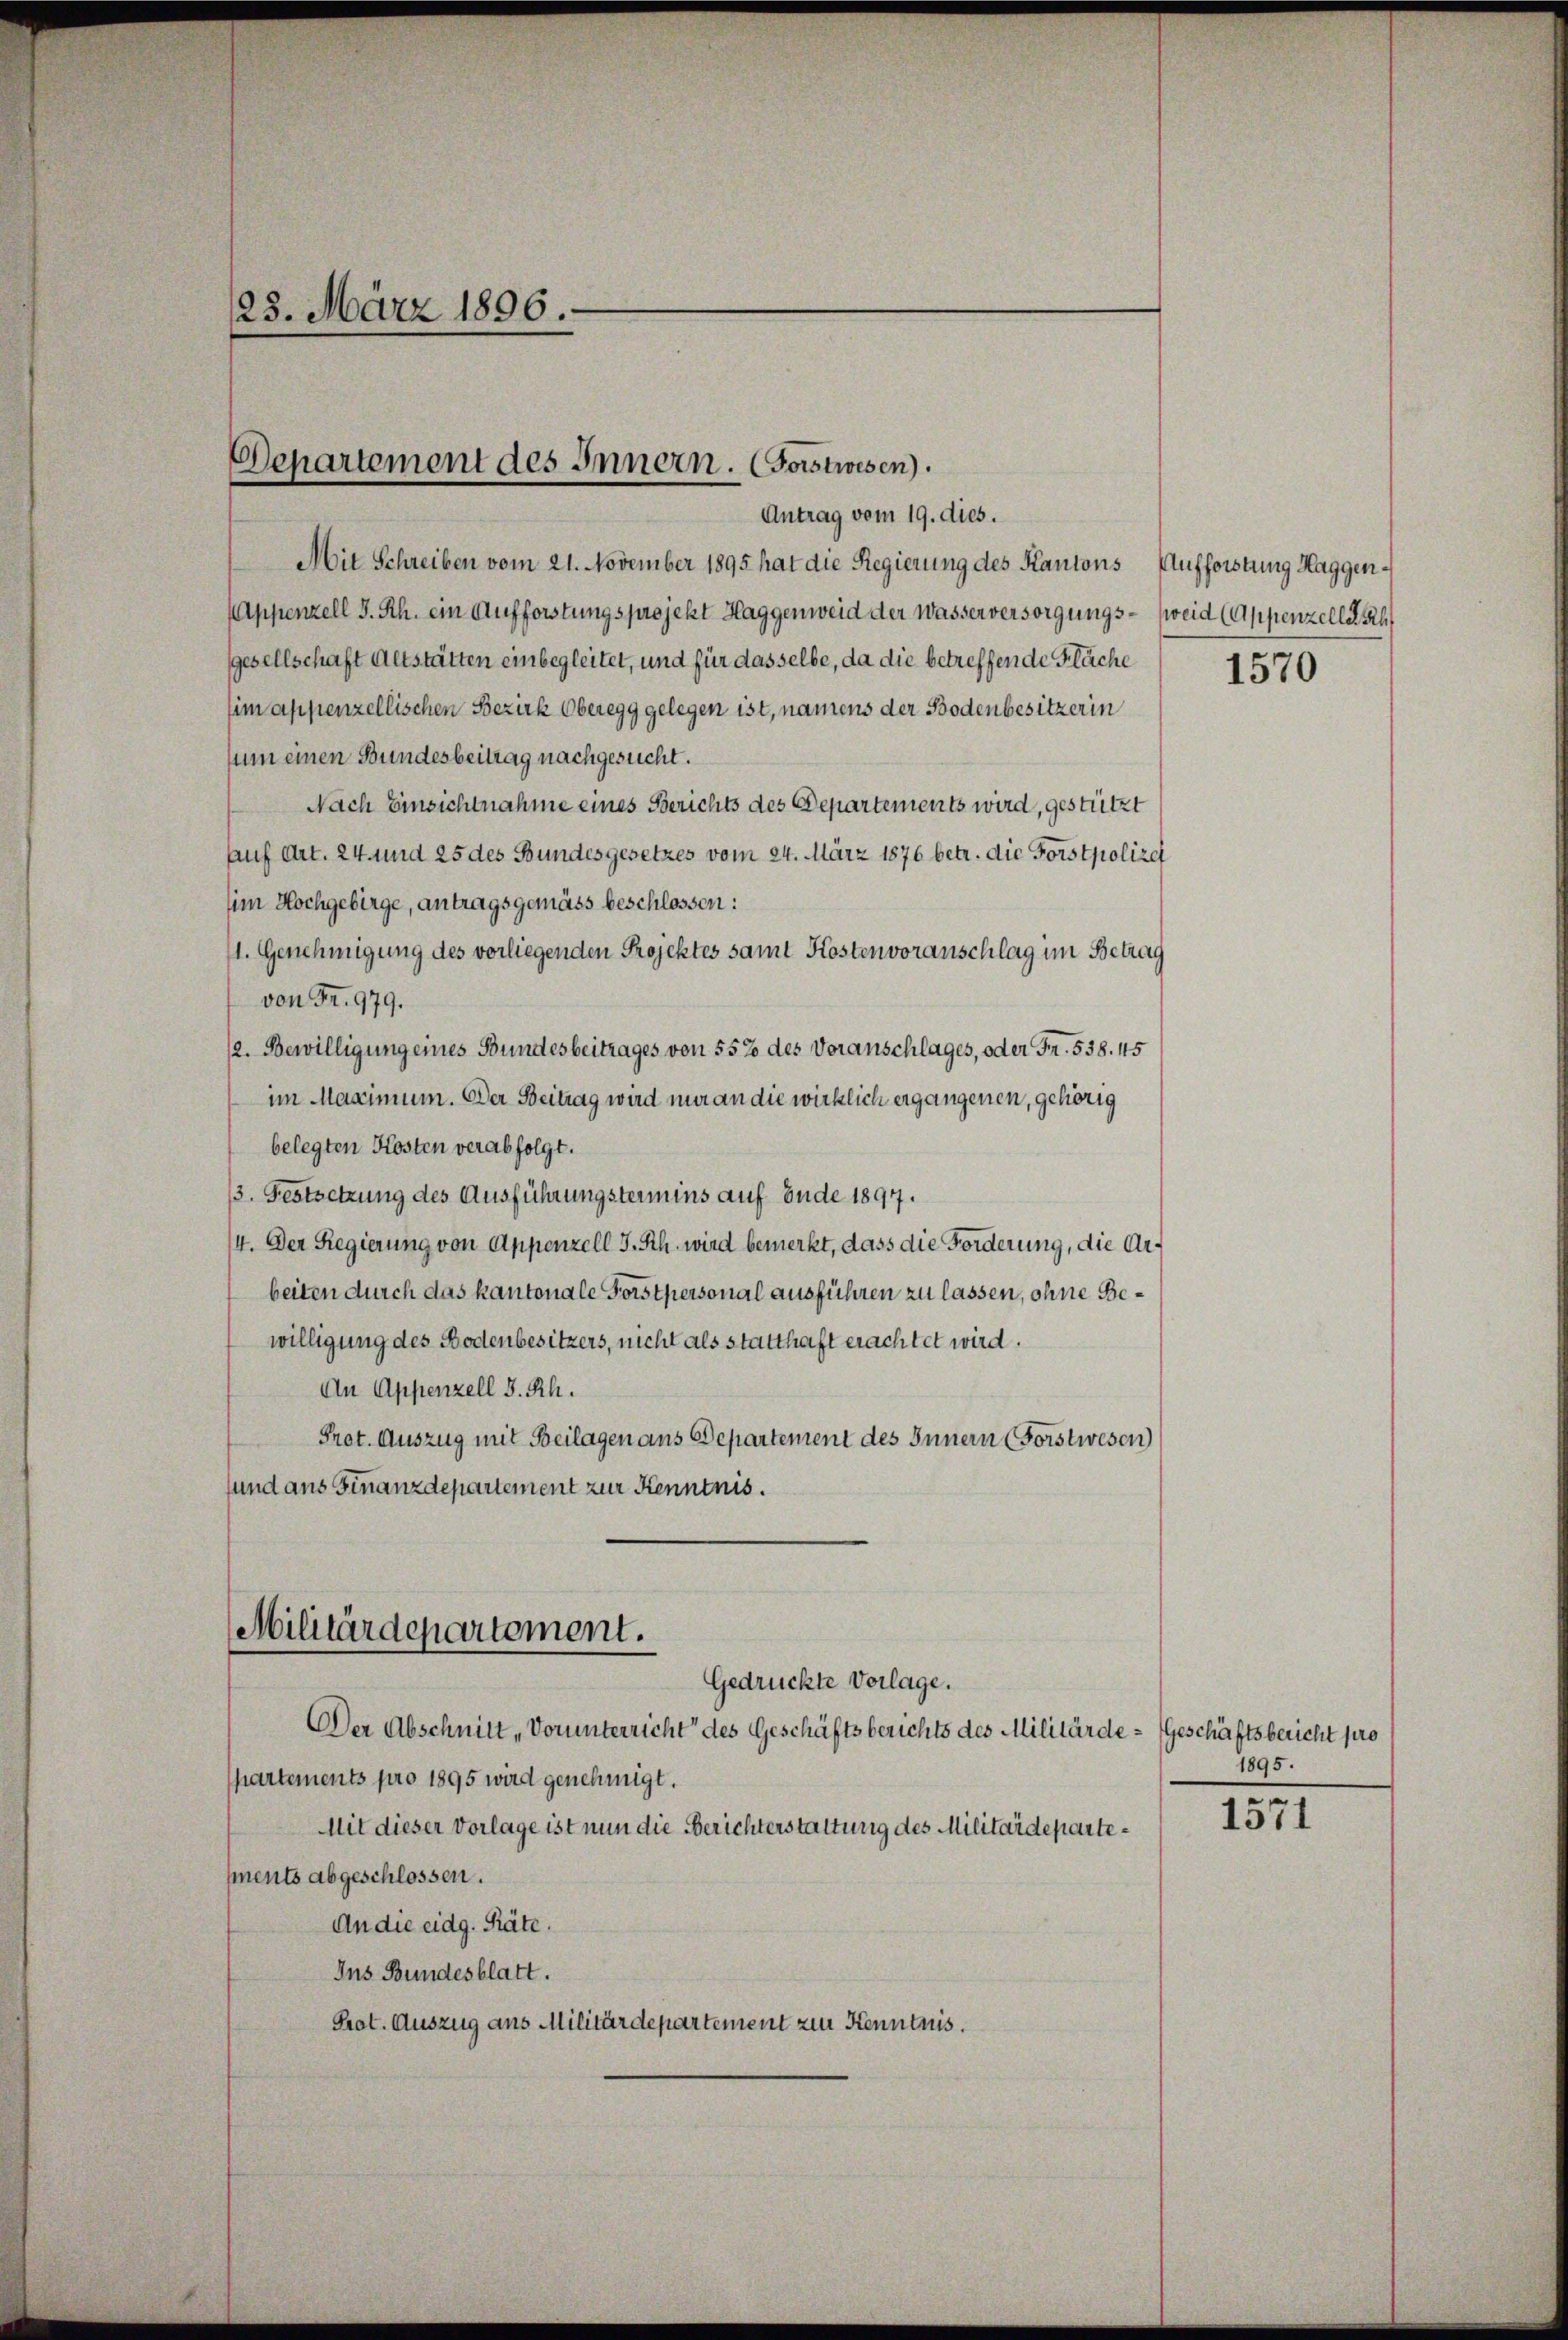
123. März 1896.

Departement des Innern. (Forstwesen).
Antrag vom 19. dies.

Militärdepartement.

Mit Schreiben vom 21. November 1895 hat die Regierung des Kantons Aufforstung Haggen¬
Appenzell I. Rh. ein Aufforstungsprojekt Haggenweid der Wasserversorgungs- (weid (Appenzelle a
gesellschaft Altstätten einbegleitet, und für dasselbe, da die betreffende Fläche
sim appenzellischen Bezirk Oberegg gelegen ist, namens der Bodenbesitzerin
um einen Bundesbeitrag nachgesucht.
Nach Einsichtnahme eines Berichts des Departements wird, gestützt
auf Art. 24 und 25 des Bundesgesetzes vom 24. März 1876 betr. die Forstpolize
im Hochgebirge, antragsgemäss beschlossen:
1. Genehmigung des vorliegenden Projektes samt Kostenvoranschlag im Betrag
von Fr. 979.
/2. Bewilligung eines Bundesbeitrages von 55% des Voranschlages, oder Fr. 538. 45
im Maximum. Der Beitrag wird nur an die wirklich ergangenen, gehörig
belegten Kosten verabfolgt.
/3. Festsetzung des Ausführungstermins auf Ende 1897.
/4. Der Regierung von Appenzell I.Rh. wird bemerkt, dass die Forderung, die Arbeiten durch das kantonale Forstpersonal ausführen zu lassen, ohne Bewilligung des Bodenbesitzers, nicht als statthaft erachtet wird.
An Appenzell I.Rh.
Pret. Auszug mit Beilagen aus Departement des Innern (Forstwesen
sund aus Finanzdepartement zur Kenntnis.

Gedrückte Vorlage.
Der Abschnitt „Vorunterricht des Geschäftsberichts des Militärde- Geschäftsbericht pro
partements pro 1895 wird genehmigt.
Mit dieser Vorlage ist nun die Berichterstattung des Militärdepartements abgeschlossen.
An die eidg. Räte.
Ins Bundesblatt.
Prot. Auszug aus Militärdepartement zur Kenntnis.

1570

1895.

1571